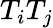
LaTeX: T_{i}T_{j}